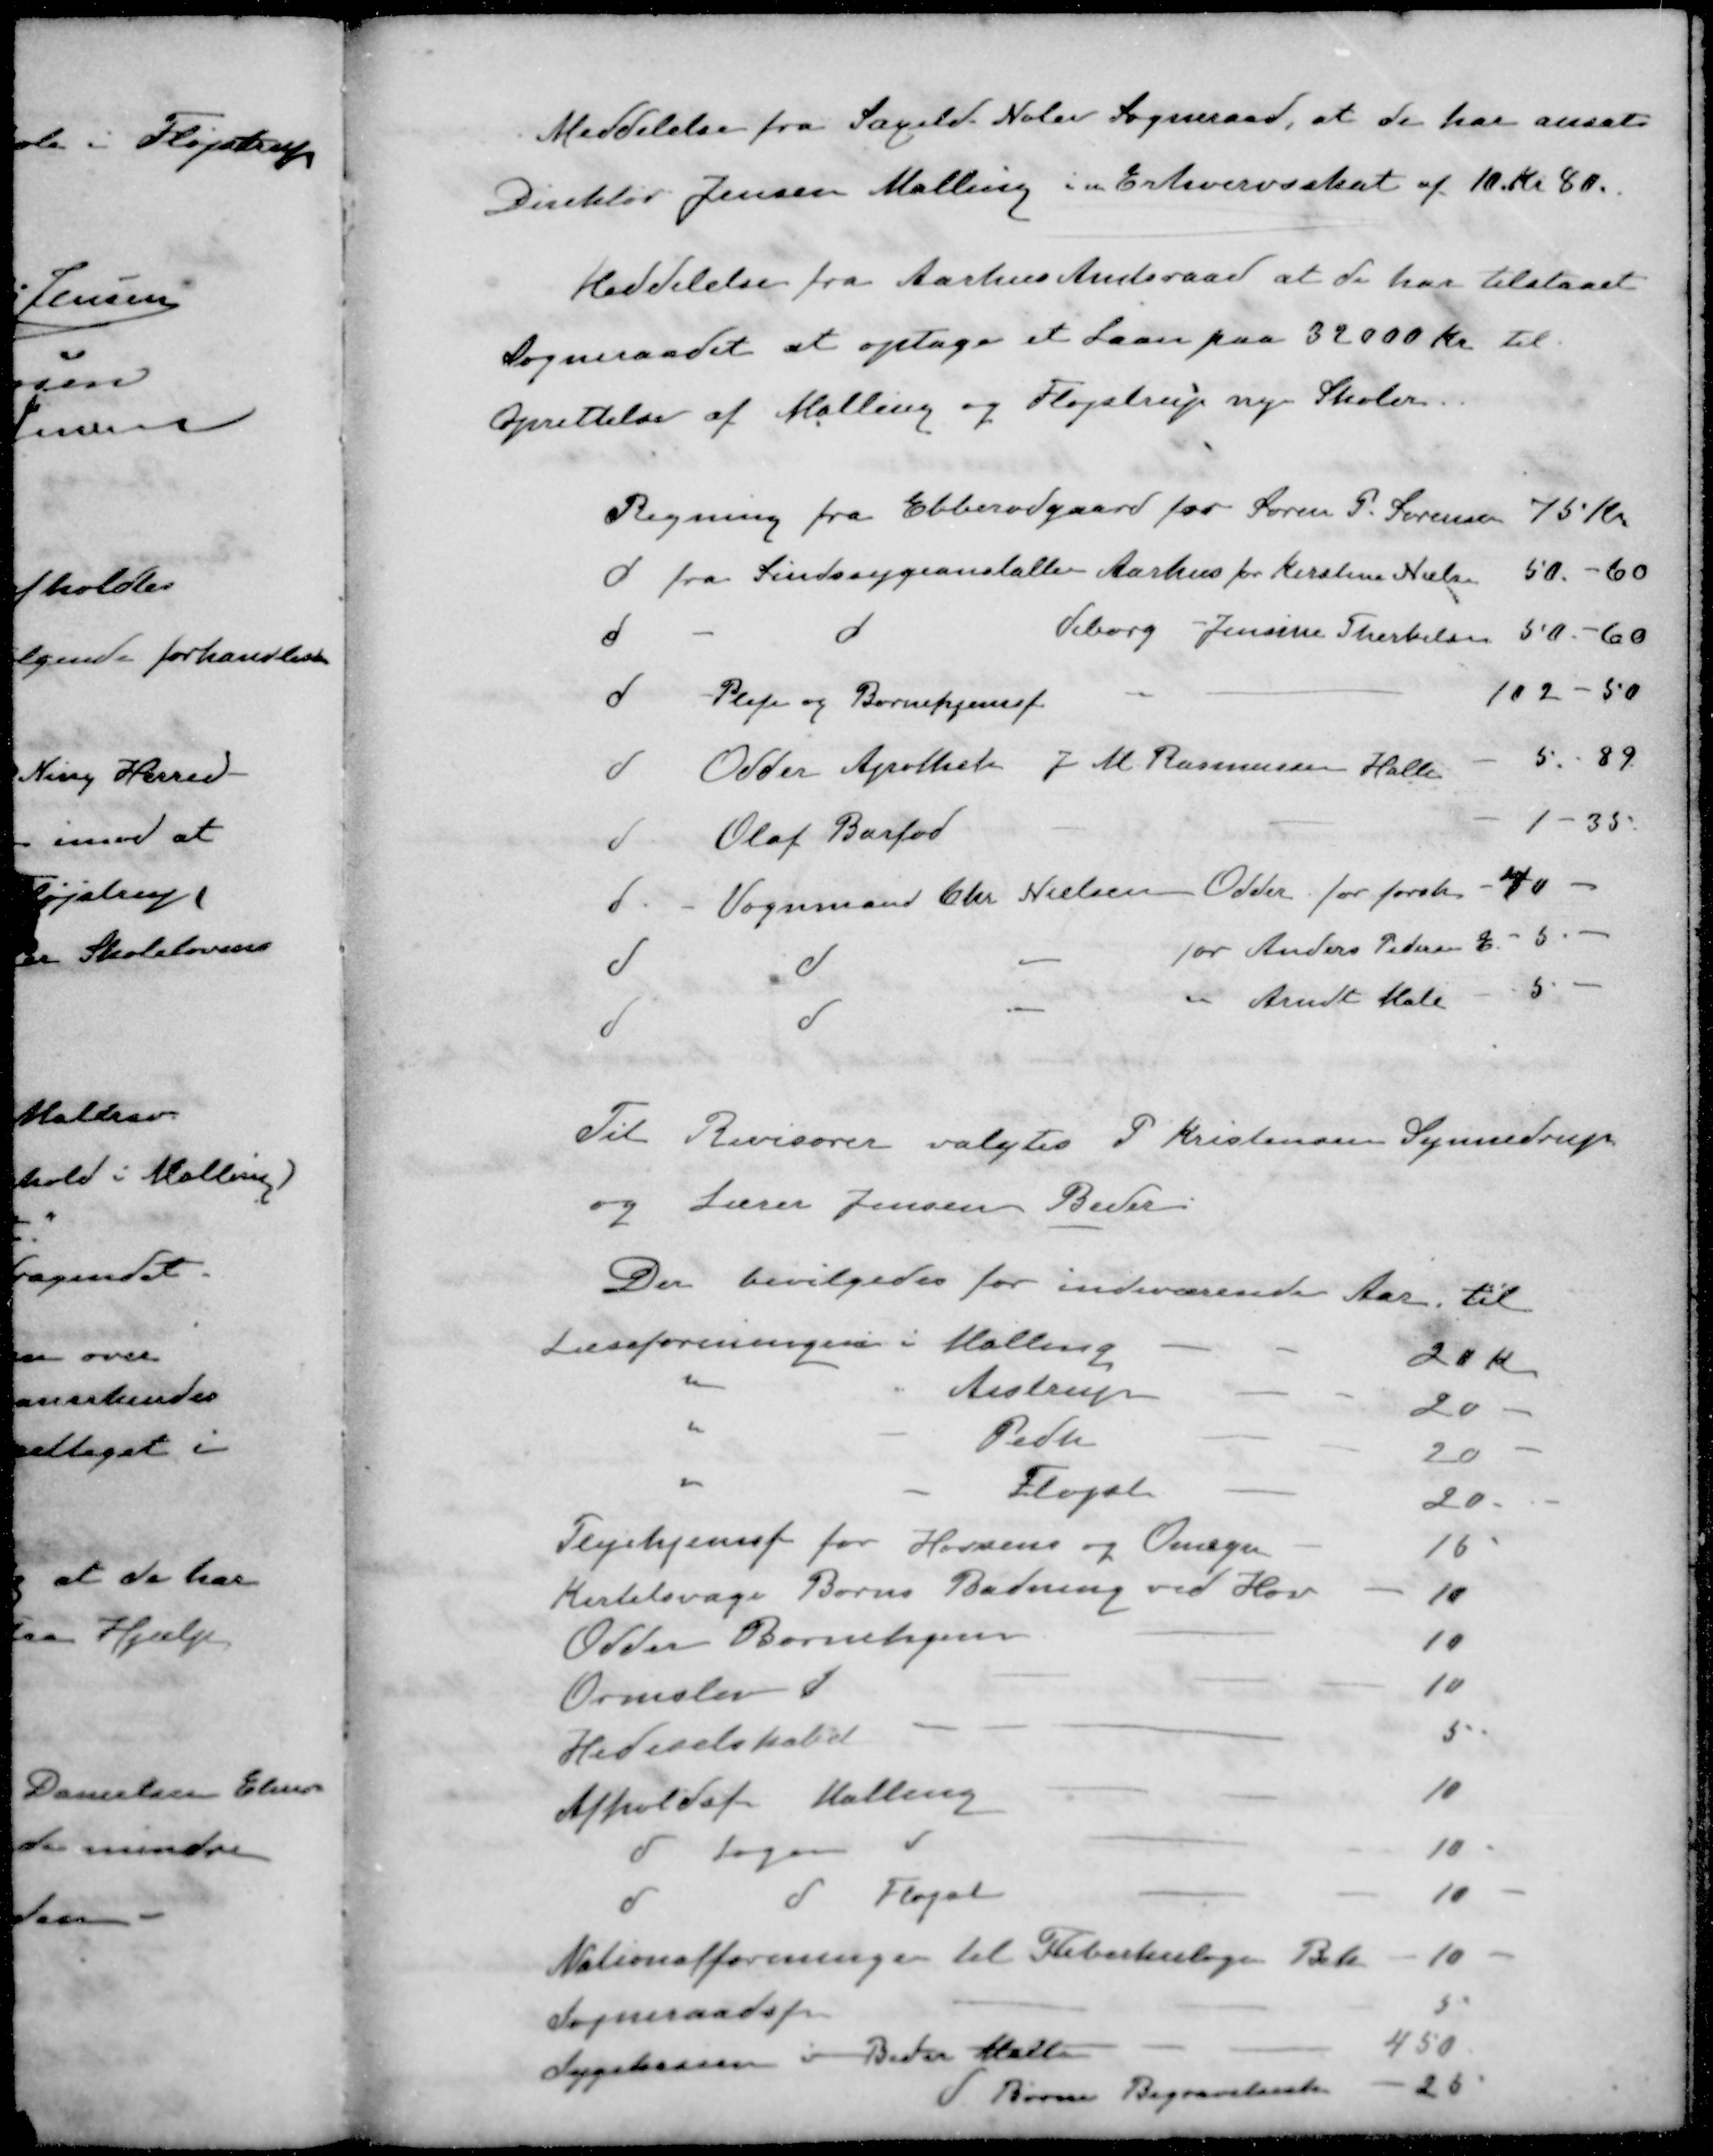
Transskription:
Meddelelse fra Saxild. Nølev Sogneraad, at de har ansat
Direktør Jensen Malling i en Erhvervsskat af 10 Kr. 80.
Meddelelse fra Aarhus Amtsraad at de har tilstaaet
Sogneraadet at optage et Laan paa 32000 Kr. til
Oprettelse af Malling og Fløjstrup nye Skoler.
Regning fra Ebberødgaard for Søren P. Sørensen
75 Kr
d fra Sindssygeanstalten Aarhus for Kirstine Nielsen
50 - 60
d - d Viborg Jensine Therkelsen
50-60
d - Pleje og Børnehjemsf
102 -50
d Odder Apothek J. M. Rasmussen Halle
5 - 89
d Olaf Barfod
1-35.
d - Vognmand Chr. Nielsen Odder for forsk.
40 -
d d - for Anders Pedersen E.
5 -
d d - Arndt Male
5 -
Til Revisorer valgtes P Kristensen Synnedrup
og Lærer Jensen Beder
Der bevilgedes for indeværende Aar til
Læseforeningen i Malling
20 Kr.
" " Aistrup
20
" - Pedh
20
" - Fløjst
20
Plejehjemsf for Horsens og Omegn
16
Kirtelsvage Børns Badning ved Hov
10
Odder Børnehjem
10
Ormslev d
10
Hedeselskabet
5
Afholdf. Malling
10
d Sagen d
10
d d Fløjst
10
Nationalforeningen til Tubekulogens Bek
10
Sogneraadsfor
5
Sygekassen i Beder Malling
450
d Børne Begravelsesk
25